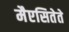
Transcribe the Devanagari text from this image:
मैएसितेते